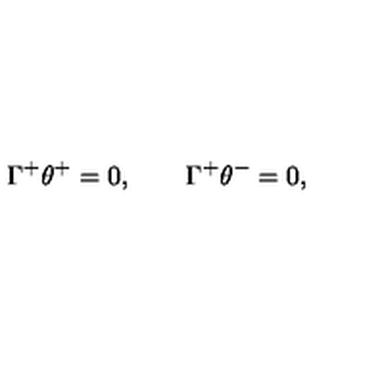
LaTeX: \Gamma ^ { + } \theta ^ { + } = 0 , \qquad \Gamma ^ { + } \theta ^ { - } = 0 ,